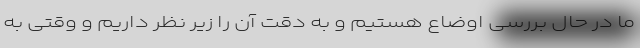
ما در حال بررسی اوضاع هستیم و به دقت آن را زیر نظر داریم و وقتی به